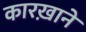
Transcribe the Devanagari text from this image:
कारख़ानें